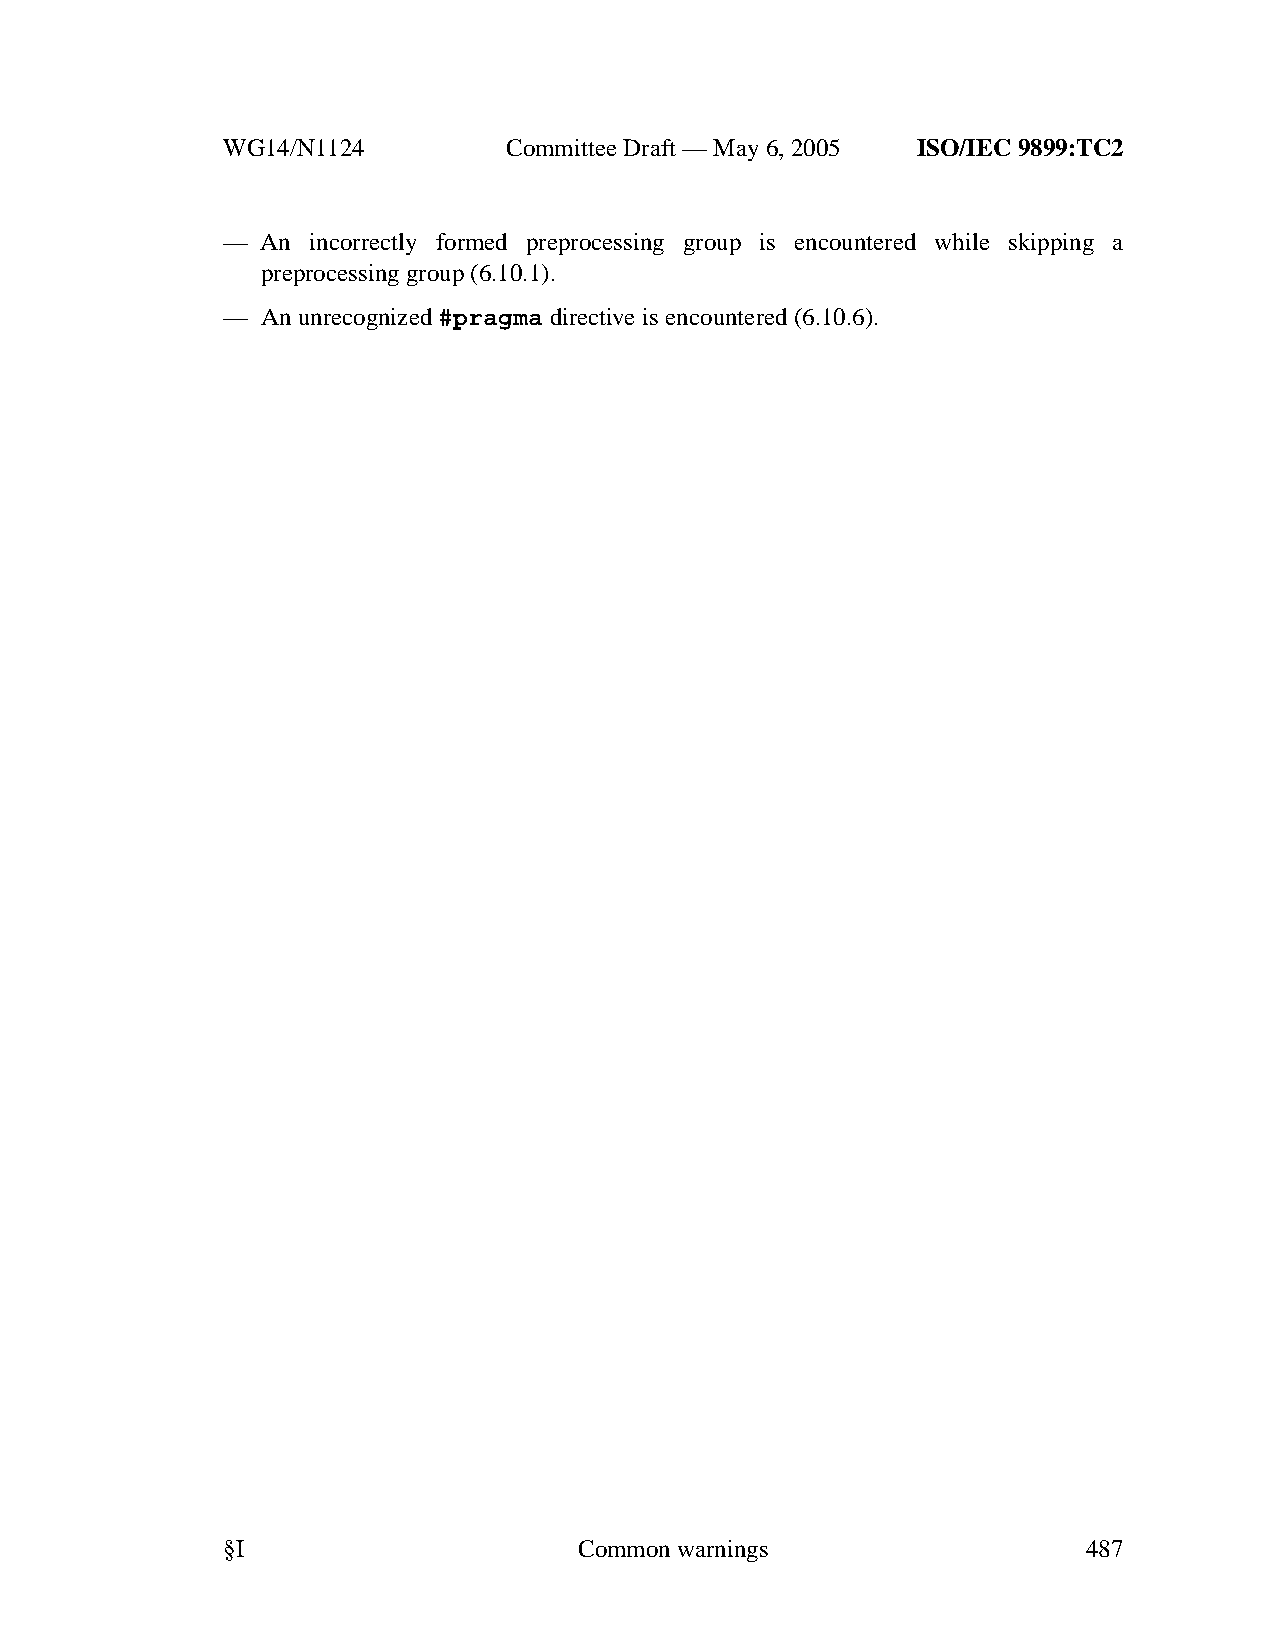
WG14/N1124        CommitteeDraft — May 6, 2005 ISO/IEC 9899:TC2
 — An incorrectly formed preprocessing group is encountered while skipping a
 preprocessing group (6.10.1).
 — Anunrecognized#pragma directive isencountered (6.10.6).
 §I                     Commonwarnings                    487